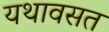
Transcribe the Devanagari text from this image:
यथावसत